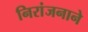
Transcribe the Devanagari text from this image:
निरांजनाने